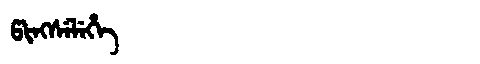
Manchu: ᡦᡳᠩᠰᡝᠯᡝᡥᡝ
Romanization: PINGSELEHE